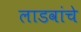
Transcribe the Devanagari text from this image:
लाडवांचे